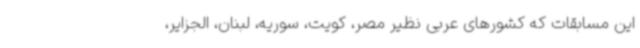
این مسابقات که کشورهای عربی نظیر مصر، کویت، سوریه، لبنان، الجزایر،